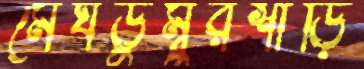
মেঘডুম্বুরশাড়ি